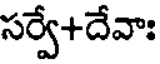
సర్వే+దేవాః